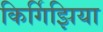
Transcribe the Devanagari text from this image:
किर्गिझिया